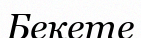
Бекете